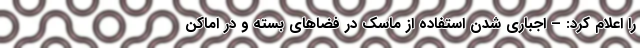
را اعلام کرد: – اجباری شدن استفاده از ماسک در فضاهای بسته و در اماکن